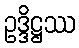
ဥဒ္ဒိဋ္ဌဿ